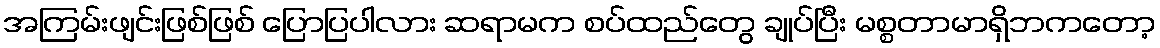
အကြမ်းဖျင်းဖြစ်ဖြစ် ပြောပြပါလား ဆရာမက စပ်ထည်တွေ ချုပ်ပြီး မစ္စတာမာရှိဘကတော့